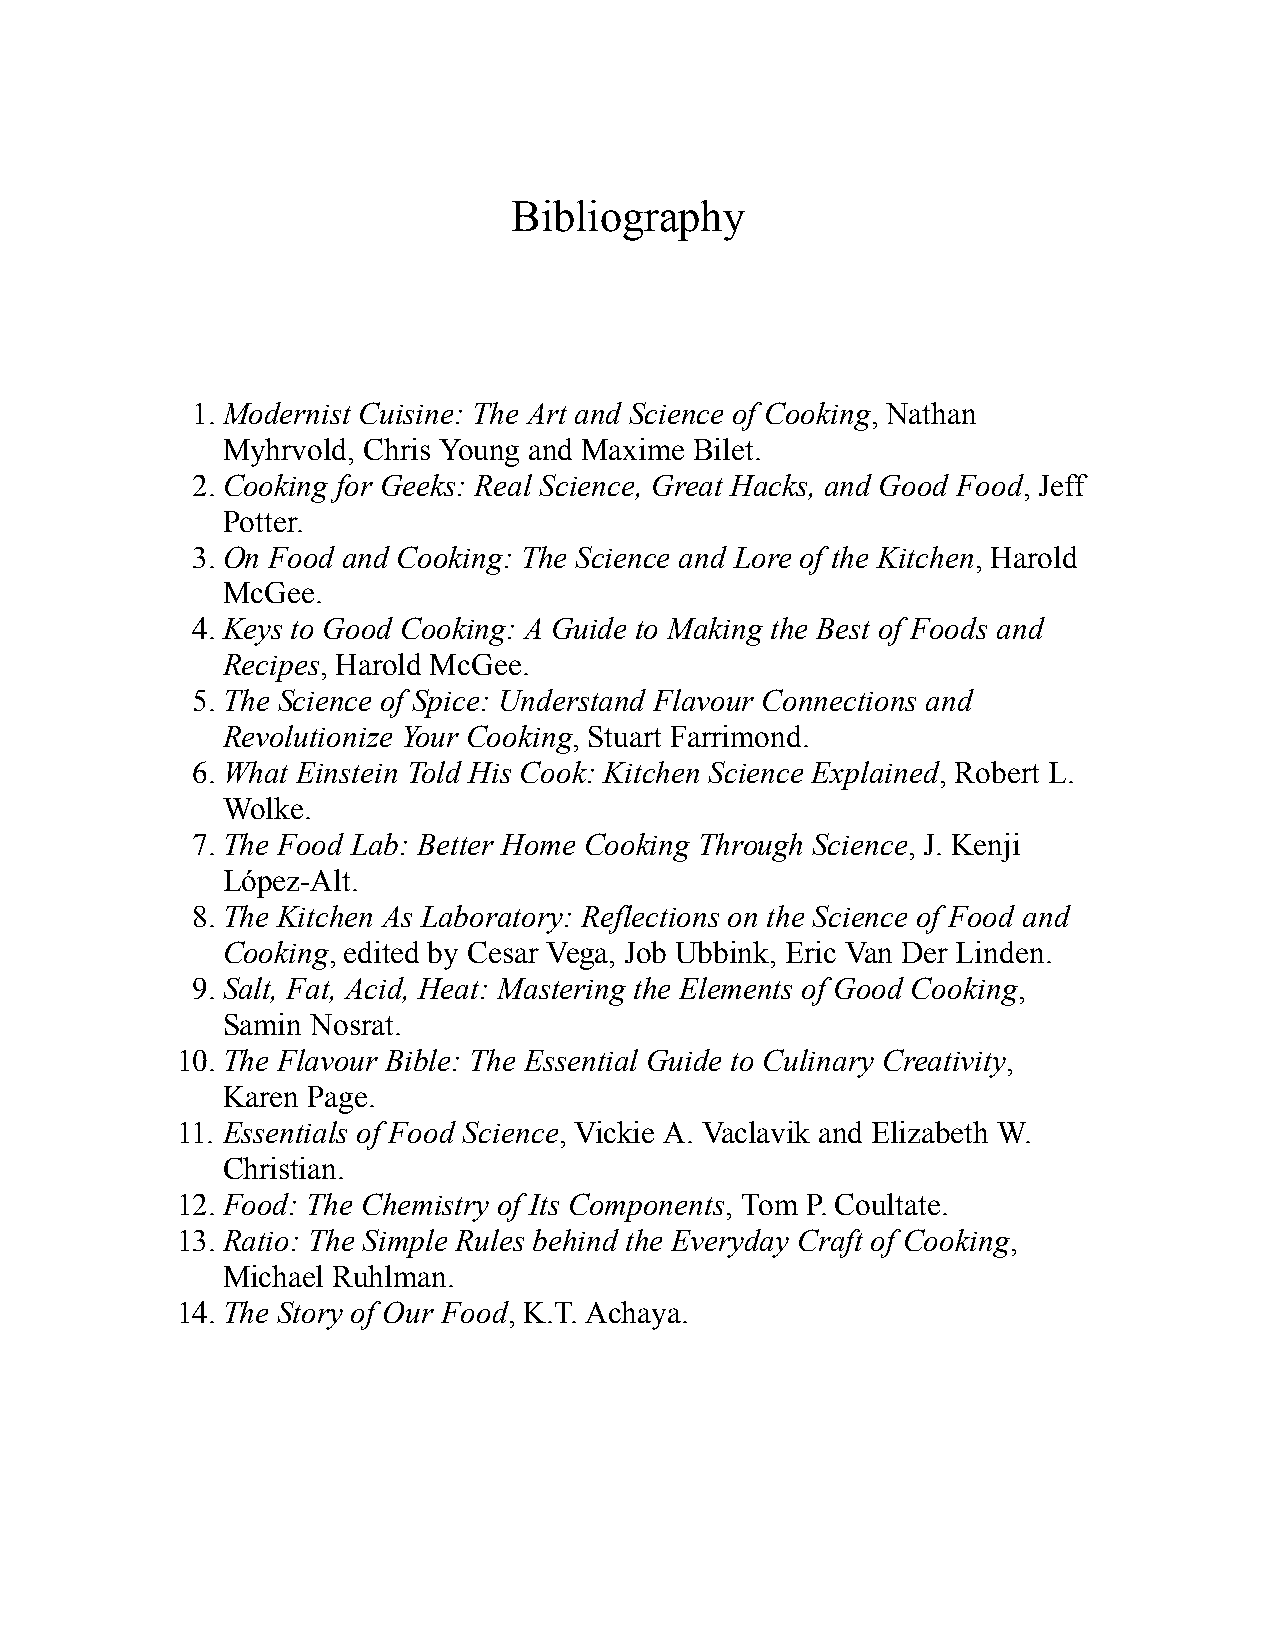
Bibliography
 1. Modernist Cuisine: The Art and Science of Cooking, Nathan
 Myhrvold, Chris Young and Maxime Bilet.
 2. Cooking for Geeks: Real Science, Great Hacks, and Good Food, Jeff
 Potter.
 3. On Food and Cooking: The Science and Lore of the Kitchen, Harold
 McGee.
 4. Keys to Good Cooking: A Guide to Making the Best of Foods and
 Recipes, Harold McGee.
 5. The Science of Spice: Understand Flavour Connections and
 Revolutionize Your Cooking, Stuart Farrimond.
 6. What Einstein Told His Cook: Kitchen Science Explained, Robert L.
 Wolke.
 7. The Food Lab: Better Home Cooking Through Science, J. Kenji
 López-Alt.
 8. The Kitchen As Laboratory: Reflections on the Science of Food and
 Cooking, edited by Cesar Vega, Job Ubbink, Eric Van Der Linden.
 9. Salt, Fat, Acid, Heat: Mastering the Elements of Good Cooking,
 Samin Nosrat.
 10. The Flavour Bible: The Essential Guide to Culinary Creativity,
 Karen Page.
 11. Essentials of Food Science, Vickie A. Vaclavik and Elizabeth W.
 Christian.
 12. Food: The Chemistry of Its Components, Tom P. Coultate.
 13. Ratio: The Simple Rules behind the Everyday Craft of Cooking,
 Michael Ruhlman.
 14. The Story of Our Food, K.T. Achaya.